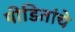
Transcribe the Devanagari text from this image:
पीडितांचे